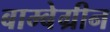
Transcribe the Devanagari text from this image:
बाम्बेग्रीन